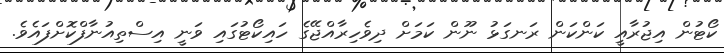
ކޯޓުން އިޖުރާއީ ކަންކަން ރަނގަޅު ނޫން ކަމަށް ދިވެހިރާއްޖޭގެ ހައިކޯޓުގައި ވަނީ އިސްތިއުނާފްކޮށްފައެވެ.